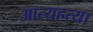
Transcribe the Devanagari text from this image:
आत्यहत्या